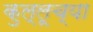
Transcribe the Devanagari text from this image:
कुल्लूच्या